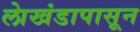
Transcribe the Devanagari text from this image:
लाेखंडापासून